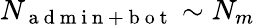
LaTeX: N_{\mathrm{~a~d~m~i~n~+~b~o~t~}}\sim N_{m}